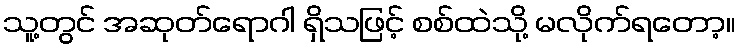
သူ့တွင် အဆုတ်ရောဂါ ရှိသဖြင့် စစ်ထဲသို့ မလိုက်ရတော့။